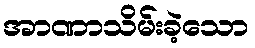
အာဏာသိမ်းခဲ့သော